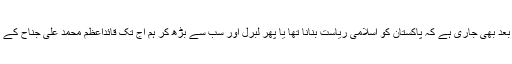
یہ بحث آج ستر سے زائد سالوں کے بیت جانے کے بعد بھی جاری ہے کہ پاکستان کو اسلامی ریاست بنانا تھا یا پھر لبرل اور سب سے بڑھ کر ہم آج تک قائداعظم محمد علی جناح کے مذہبی عقائد پر بھی شکوک و شباہت کے شکار ہیں ۔